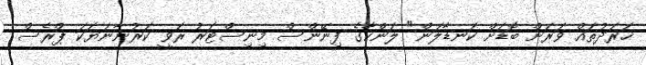
ޚަރަދުތައް ވަރަށް ބޮޑަށް ކަނޑާލަން" ލަންކާގެ ފިނޭންސް މިނިސްޓަރު ރަވީ ކަރުނާނަޔަކަ ޕްރެސް